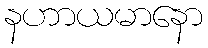
နဟာယမာနော